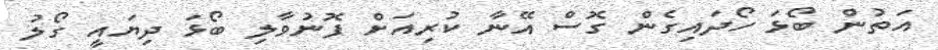
އަތުން ބޯޅަ ހޯދައިގެން ގޮސް އޭނާ ކުރިއަށް ފޮނުވާލި ބޯޅަ ދިޔައީ ގޯލު